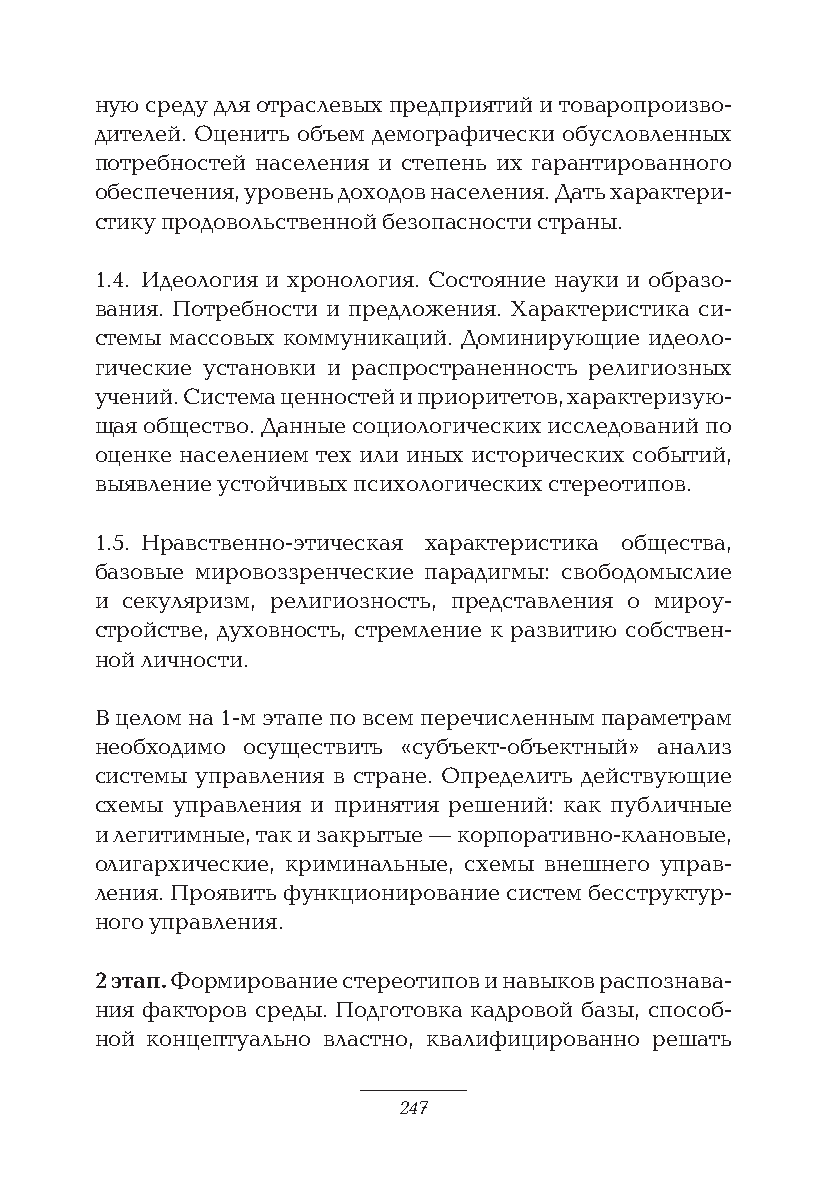
ную среду для отраслевых предприятий и товаропроизво-
 дителей. Оценить объем демографически обусловленных
 потребностей населения и степень их гарантированного
 обеспечения, уровень доходов населения. Дать характери-
 стику продовольственной безопасности страны.
 1.4. Идеология и хронология. Состояние науки и образо-
 вания. Потребности и предложения. Характеристика си-
 стемы массовых коммуникаций. Доминирующие идеоло-
 гические установки и распространенность религиозных
 учений. Система ценностей и приоритетов, характеризую-
 щая общество. Данные социологических исследований по
 оценке населением тех или иных исторических событий,
 выявление устойчивых психологических стереотипов.
 1.5. Нравственно-этическая характеристика общества,
 базовые мировоззренческие парадигмы: свободомыслие
 и секуляризм, религиозность, представления о мироу-
 стройстве, духовность, стремление к развитию собствен-
 ной личности.
 В целом на 1-м этапе по всем перечисленным параметрам
 необходимо осуществить «субъект-объектный» анализ
 системы управления в стране. Определить действующие
 схемы управления и принятия решений: как публичные
 и легитимные, так и закрытые — корпоративно-клановые,
 олигархические, криминальные, схемы внешнего управ-
 ления. Проявить функционирование систем бесструктур-
 ного управления.
 2 этап. Формирование стереотипов и навыков распознава-
 ния факторов среды. Подготовка кадровой базы, способ-
 ной концептуально властно, квалифицированно решать
 247